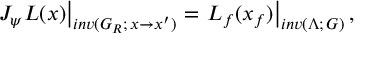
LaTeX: \left. J _ { \psi } L ( x ) \right| _ { i n v ( G _ { R } ; \, x \rightarrow x ^ { \prime } ) } = \left. L _ { f } ( x _ { f } ) \right| _ { i n v ( \Lambda ; \, G ) } ,